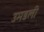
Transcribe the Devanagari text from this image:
उमडली